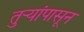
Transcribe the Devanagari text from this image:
तुर्‍यांपासून